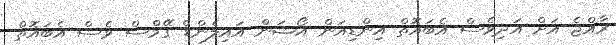
ރާއްޖެ އަށް އަދިވެސް އެބައޮތް އިންޑިއަން އޯޝަން އައިލެންޑް ގޭމްސް ވެސް އެބައޮތް